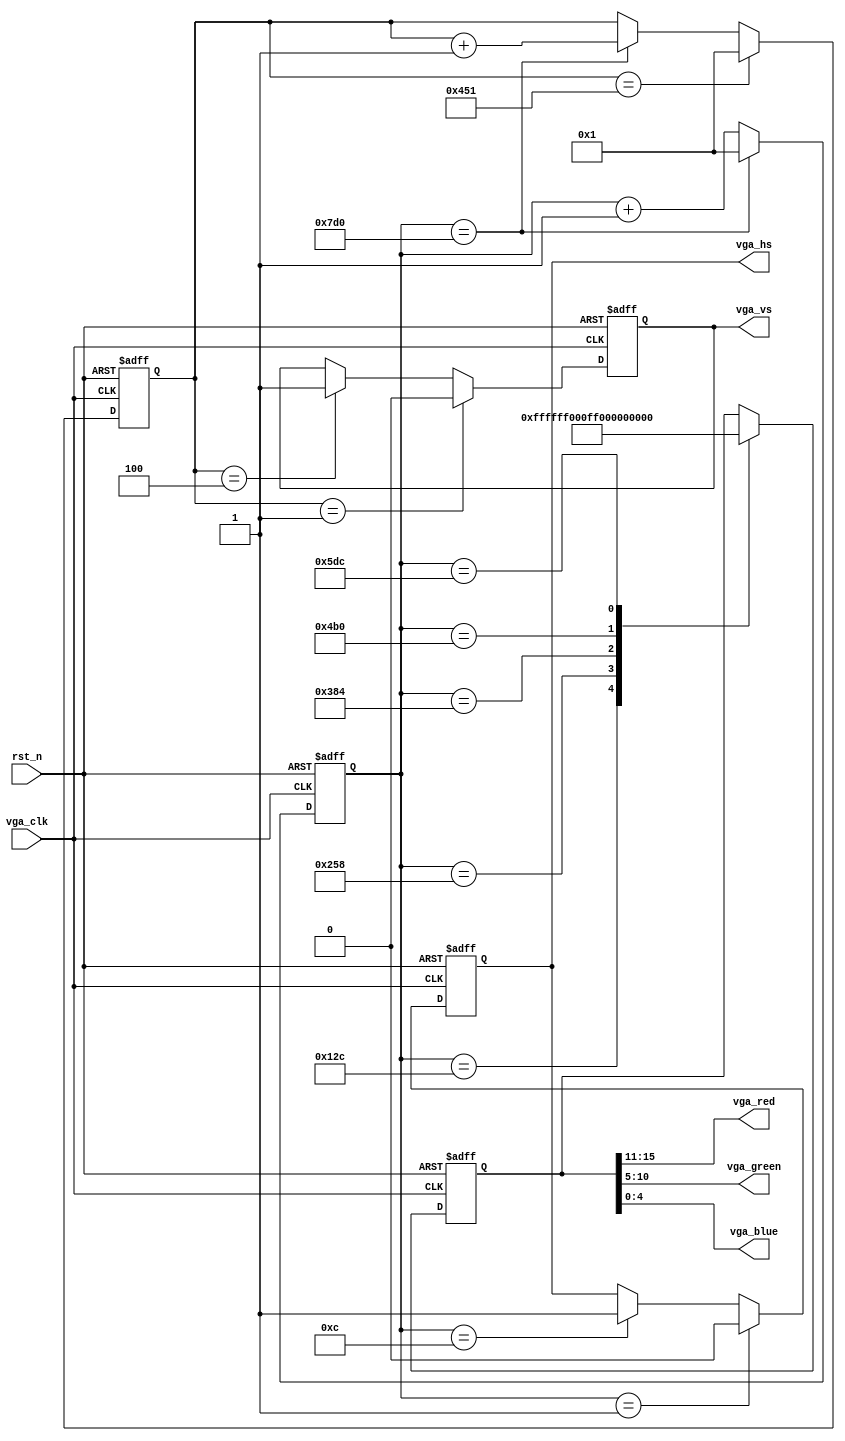
// description 		:	this file is a simple example for using VGA
// additional		:	get more information from wechat public number(xy_ee)
module vga0 
(
	input 			vga_clk,
	//add reset
	input 			rst_n,
	output 			vga_hs,
	output 			vga_vs,
	output[4:0] 	vga_red,
	output[5:0] 	vga_green,
	output[4:0] 	vga_blue
);
//	------------------------------------------------
//	param. definition 
//	------------------------------------------------
	parameter H_SYNC   =  12;  
	parameter H_BACK   =  40  ;
	parameter H_ACTIVE =  1920;  
	parameter H_FRONT  =  28 ; 
	parameter V_SYNC   =  4 ;
	parameter V_BACK   =  18 ;
	parameter V_ACTIVE =  1080  ;
	parameter V_FRONT  =  3 	;
	parameter HP = H_SYNC + H_BACK + H_ACTIVE + H_FRONT;
	parameter VP = V_SYNC + V_BACK + V_ACTIVE + V_FRONT;
	
	parameter START =1;
//	------------------------------------------------
//	register. definition 
//	------------------------------------------------
	reg [12:0] cnt_xx;
	reg [12:0] cnt_yy;
	//
	reg[4:0] red_r;
	reg[5:0] green_r;
	reg[4:0] blue_r;
	//
	reg hs_r;
	reg vs_r;
	//
	reg [15:0] dis_data;
	//
	always @(posedge vga_clk ,negedge rst_n)
		if(!rst_n) cnt_xx <= 1'b1;
		else if(cnt_xx == HP) cnt_xx <= 1'b1;
		else cnt_xx <= cnt_xx + 1'b1;
	//
	always @(posedge vga_clk,negedge rst_n)
	begin
		if(!rst_n) hs_r <= 1'b1;
		else if(cnt_xx == 1) hs_r <= 1'b0;
			else if(cnt_xx == H_SYNC) hs_r <= 1'b1;
	end
	//
	always @(posedge vga_clk ,negedge rst_n)
	begin 
		if(!rst_n) cnt_yy <= 1'b1;
		else if(cnt_yy == VP) cnt_yy <= 1'b1;
				else if(cnt_xx == HP) cnt_yy <= cnt_yy + 1'b1;	
	end 
	//
	always @(posedge vga_clk,negedge rst_n)
	begin 
		if(!rst_n) vs_r <= 1'b1;
		else if(cnt_yy == 1) vs_r <= 1'b0;
			else if (cnt_yy == V_SYNC) vs_r <= 1'b1;
	end 
	//
	always @(negedge vga_clk,negedge rst_n)
	begin 
	if(!rst_n)
		dis_data <= 16'hffff;
	else
		case(cnt_xx) 
		300:	dis_data <= 16'hffff;
				
		600:	dis_data <= 16'hff00;
		900:  dis_data <= 16'h0ff0;
	
		
		1200:	dis_data <= 16'h00ff;
		1500:	dis_data <= 16'hf800;
		endcase 
	end 
	//
	assign vga_hs = hs_r;
	assign vga_vs = vs_r;
	assign vga_red = dis_data[15:11];
	assign vga_green = dis_data[10:5];
	assign vga_blue = dis_data[4:0];
	
endmodule